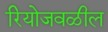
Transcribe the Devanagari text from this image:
रियोजवळील